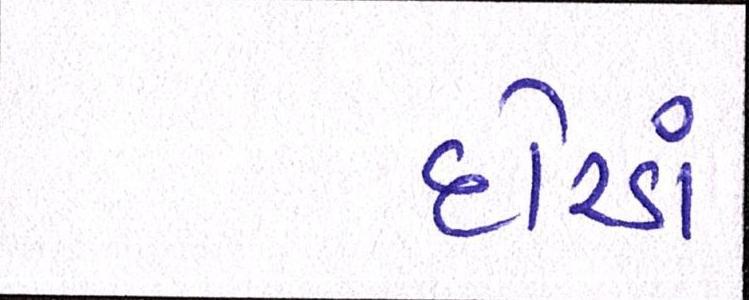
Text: દોરડાં